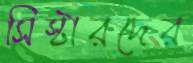
সিস্টারদের